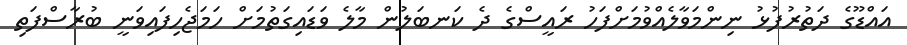
އައްޑޫގެ ދަތުރުފުޅު ނިންމަވާލެއްވުމަށްފަހު ރައީސްގެ ދެ ކަނބަލުން މާލެ ވަޑައިގަތުމަށް ހަމަޖެހިފައިވަނީ ބުރާސްފަތި